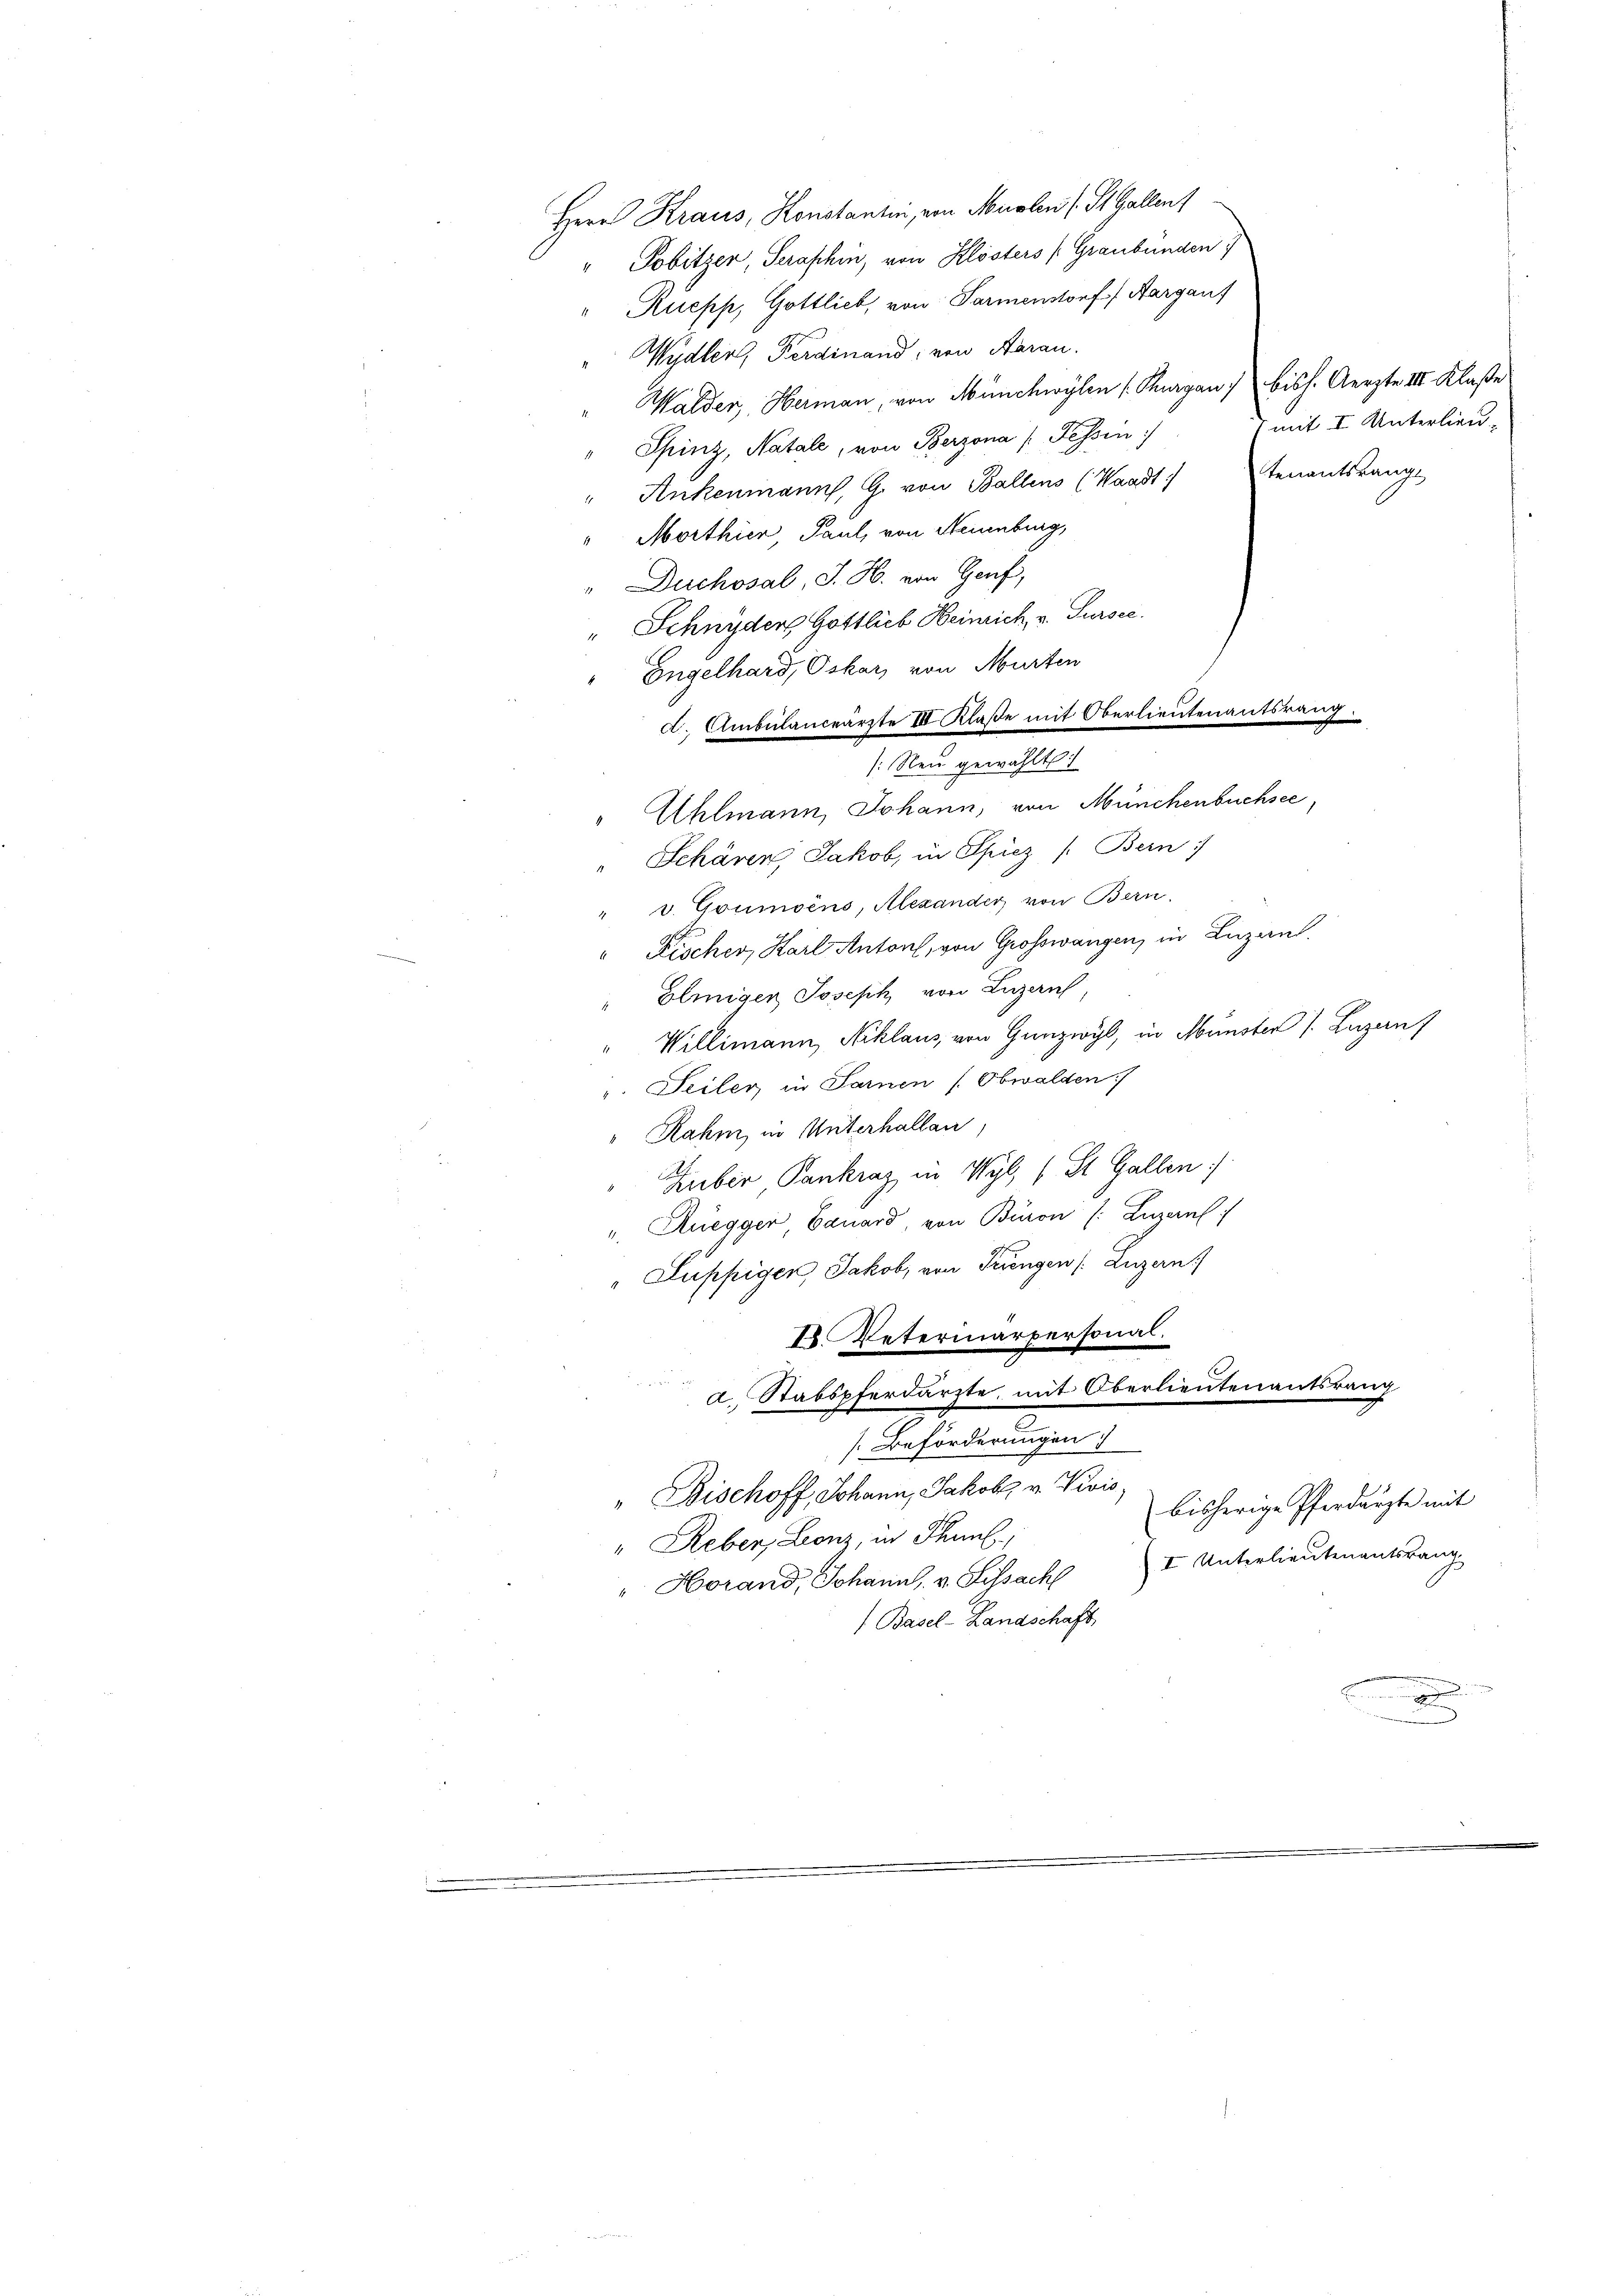
Herr Kraus, Konstantin, von Musten (St. Gallent
" Pobitzer, Serafhin, von Klösters (Graubünden
Rüepp, Gottlieb, von Parmenstorf) Aargauf
Wydler, Ferdinand, von Aarau
Spinz, Natale, von Berzona (Fessen
Morthier Paul, von Neuenburg,
" Duchosal, J. H. von Genf,
" Schnyden Gottlieb Heinrich v. Sursee.
" Engelhard, Oskar, von Murten
c. Ambülanceärzte III. Klaße mit Oberlieutenantsrang.
" Schären, Jakob, in Spiez /: Bern
" v. Goumoins, Alexander von Bern.
" Fischer, Karl Antons, von Grosswangen, in Luzern
Geiniger Joseph von Luzern,
" Willimann, Niklaus, von Gunzwyl, in Münster /. Luzanf
. Seiler in Samen (Obwalden)
" Rahm, in Unterhallan
Huber Pankraz in Wyl, 1 St. Gallen
u. Rüegger Canard von Büron (: Luzern
" Lupfigen Jakob, von Tringen (Luzern
I. Vetermarpersonal.

a. Stabspferdarzte, mit Oberlieutenantsrang
[Beförderungen)
" Bischoff, Johann, Jakob v. Vivis
bisherige Pferdärzte mit
" Reben, Leonz, in Thun,
I Unterlieutenantsrang
"Horand, Johann, v. Lissach
(Basel-Landschaft,
d

[Neu gewählt:
" Uhlmann, Johann, von Münchenbuchsee

Walder, Hermann, von Münchwylen (Thurgau, bish. Aerzte III. Klaße
) mit I Unterlieu¬
" Ankenmanns, G. von Ballens (Waadt tenantsrange